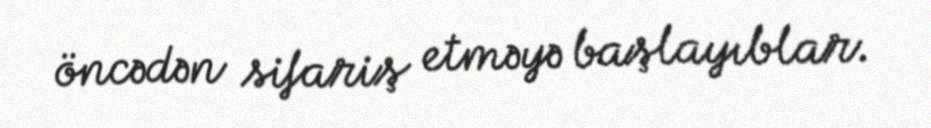
öncədən sifariş etməyə başlayıblar.